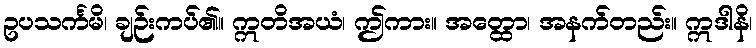
ဥပသင်္ကမိ၊ ချဉ်းကပ်၏။ ဣတိအယံ၊ ဤကား။ အတ္ထော၊ အနက်တည်း။ ဣဒါနိ၊